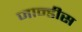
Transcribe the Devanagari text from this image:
जान्डीस